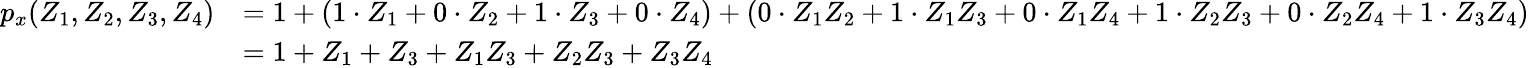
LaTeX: {\begin{array}{rl}{p_{x}(Z_{1},Z_{2},Z_{3},Z_{4})}&{=1+(1\cdot Z_{1}+0\cdot Z_{2}+1\cdot Z_{3}+0\cdot Z_{4})+(0\cdot Z_{1}Z_{2}+1\cdot Z_{1}Z_{3}+0\cdot Z_{1}Z_{4}+1\cdot Z_{2}Z_{3}+0\cdot Z_{2}Z_{4}+1\cdot Z_{3}Z_{4})}\\ &{=1+Z_{1}+Z_{3}+Z_{1}Z_{3}+Z_{2}Z_{3}+Z_{3}Z_{4}}\end{array}}